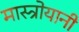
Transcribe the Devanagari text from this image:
मास्त्रोयानी